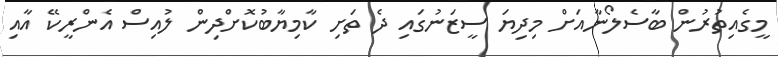
މީގެއިތުރުން ބާސެލޯނާއަށް މިދިޔަ ސީޒަނުގައި ދެ ތަށި ކާމިޔާބުކޮށްދިން ލުއިސް އެންރީކޭ އާއި